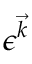
\boldsymbol { \epsilon } ^ { \vec { k } }